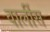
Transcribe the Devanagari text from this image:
वार्लीस